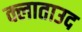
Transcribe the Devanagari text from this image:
क्लाताउद